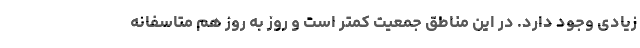
زیادی وجود دارد. در این مناطق جمعیت کمتر است و روز به روز هم متاسفانه